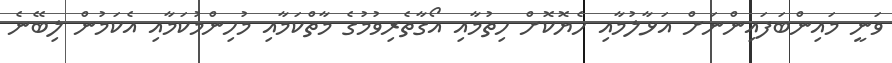
ވަނީ މައިންބަފައިންނަށް އަޅާލުމާއި ހެޔޮކޮށް ހިތުމާއި އޯގާތެރިވުމުގެ މާތްކަމާއި މުހިންމުކަމާއި އެކަމުން ލިބޭނެ